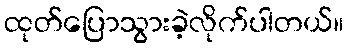
ထုတ်ပြောသွားခဲ့လိုက်ပါတယ်။